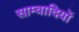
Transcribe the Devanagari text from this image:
साम्वादियों